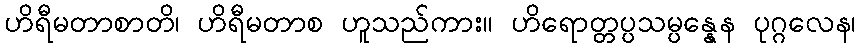
ဟိရီမတာစာတိ၊ ဟိရီမတာစ ဟူသည်ကား။ ဟိရောတ္တပ္ပသမ္ပန္နေန ပုဂ္ဂလေန၊